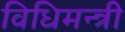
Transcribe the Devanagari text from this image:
विधिमन्त्री